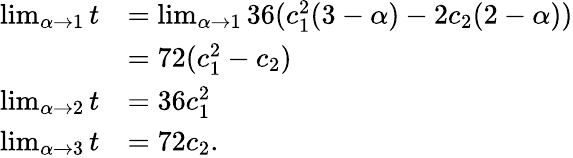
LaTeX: \begin{array}{rl}{\operatorname*{lim}_{\alpha\to 1}t}&{=\operatorname*{lim}_{\alpha\to 1}36(c_{1}^{2}(3-\alpha)-2c_{2}(2-\alpha))}\\ &{=72(c_{1}^{2}-c_{2})}\\ {\operatorname*{lim}_{\alpha\to 2}t}&{=36c_{1}^{2}}\\ {\operatorname*{lim}_{\alpha\to 3}t}&{=72c_{2}.}\end{array}